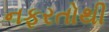
નફરતોથી